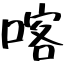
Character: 喀